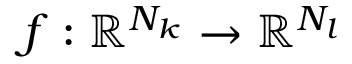
f : \mathbb { R } ^ { N _ { k } } \rightarrow \mathbb { R } ^ { N _ { l } }